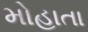
મોહાતા